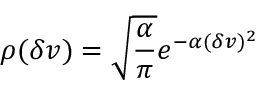
\rho ( \delta v ) = \sqrt { \frac { \alpha } { \pi } } e ^ { - \alpha ( \delta v ) ^ { 2 } }